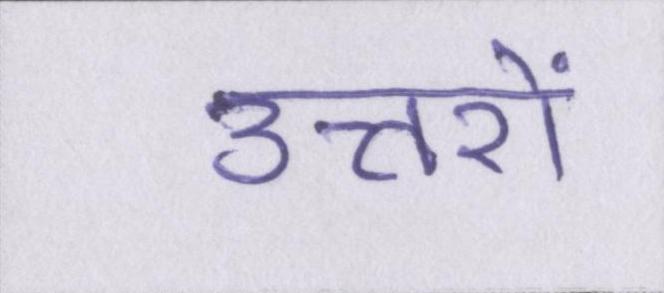
उत्तरों